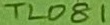
Text: TL081